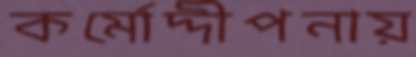
কর্মোদ্দীপনায়